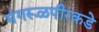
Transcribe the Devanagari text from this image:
मंगरूळपीरकडे